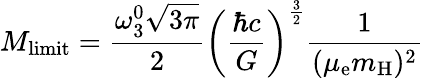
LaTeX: M_{\mathrm{{limit}}}={\frac{\omega_{3}^{0}{\sqrt{3\pi}}}{2}}\left({\frac{\hbar c}{G}}\right)^{\frac{3}{2}}{\frac{1}{(\mu_{\mathrm{e}}m_{\mathrm{H}})^{2}}}